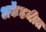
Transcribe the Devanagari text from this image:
अकॅडमीत